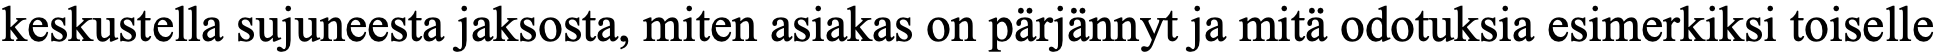
keskustella sujuneesta jaksosta, miten asiakas on pärjännyt ja mitä odotuksia esimerkiksi toiselle